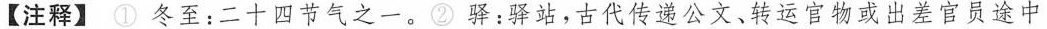
【注释】①冬至：二十四节气之一。②驿：驿站，古代传递公文、转运官物或出差官员途中